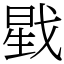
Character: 戥